Lunatic asylums Central Provinces reports 1886-1894 - 1886-1894
Year: 1886
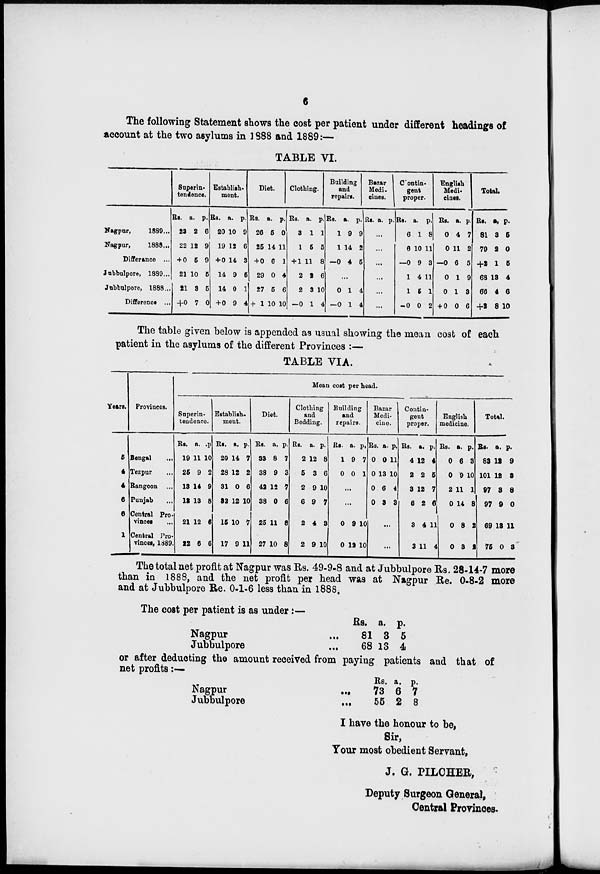
6
The following Statement shows the cost per patient under different headings of
account at the two asylums in 1888 and 1889:—
TABLE VI.
Nagpur,
1889 ...
Nagpur,
1888 ...
Differance ...
Jubbulpore, 1889 ...
Jubbulpore, 1888 ...
Difference ...
Superin-
tendence.
Rs.
23
22
+ 0
21
21
+0
a.
2
12
5
10
3
7
p.
6
9
9
5
5
0
Establish¬
ment.
Rs.
20
19
+ 0
14
14
+ 0
a.
10
12
14
9
0
9
p.
9
6
8
5
1
4
Diet.
Rs.
26
25
+ 0
29
27
+ 1
a.
5
14
6
0
5
10
p.
0
11
1
4
6
10
Clothing.
Rs.
3
1
+ 1
2
2
—0
a.
1
5
11
2
3
1
p.
1
5
8
6
10
4
Building
and
repairs.
Rs.
1
1
—0
a.
9
14
4
p.
9
2
5
...
0
—0
1
1
4
4
Bazar
Medi¬
cines.
Rs. a. p.
...
...
...
...
...
...
Contin-
gent
proper.
Rs.
6
6
— 0
1
1
-0
a.
1
10
9
4
5
0
p.
8
11
3
11
1
2
English
Medi¬
cines.
Rs.
0
0
— 0
0
0
+ 0
a.
4
11
6
1
1
0
p.
7
2
5
9
3
6
Total.
Rs.
81
79
+2
68
66
+2
a.
3
2
1
13
4
8
p.
5
0
5
4
6
10
The table given below is appended as usual showing the mean cost of each
patient in the asylums of the different Provinces :—
TABLE VIA.
Years.
5
4
4
6
6
1
Provinces.
Bengal ...
Tezpur ...
Rangoon ...
Punjab ...
Central Pro-
vinces ...
Central Pro¬
vinces, 1889.
Mean cost per head.
Superin-
tendence.
Rs.
19
25
13
12
21
22
a.
11
9
14
13
12
6
p.
10
2
9
8
6
6
Establish-
ment.
Rs.
20
28
31
32
15
17
a.
14
12
0
12
10
9
p.
7
2
6
10
7
11
Diet.
Rs.
33
38
42
38
25
27
a.
8
9
12
0
11
10
p.
7
3
7
6
8
8
Clothing
and
Bedding.
Rs.
2
5
2
6
2
2
a.
12
3
9
9
4
9
p.
8
6
10
7
3
10
Building
and
repairs.
Rs.
1
0
a.
9
0
p.
7
1
...
...
0
0
9
12
10
10
Bazar
Medi-
cine.
Rs.
0
0
0
0
a.
0
13
6
3
p.
11
10
4
3
...
...
Contin-
gent
proper.
Rs.
4
2
3
6
3
3
a.
12
2
12
2
4
11
p.
4
5
7
6
11
4
English
medicine.
Rs.
0
0
2
0
0
0
a.
6
9
11
14
8
3
p.
3
10
1
8
2
2
Total.
Rs.
83
101
97
97
69
75
a.
12
12
3
9
13
0
p.
9
3
8
0
11
3
The total net profit at Nagpur was Rs. 49-9-8 and at Jubbulpore Rs. 28-14-7 more
than in 1888, and the net profit per head was at Nagpur Re. 0-8-2 more
and at Jubbulpore Re. 0-1-6 less than in 1888.
The cost per patient is as under:—
Nagpur
...
Jubbulpore ...
Rs.
81
68
a.
3
13
p.
5
4
or after deducting the amount received from paying patients and that of
net profits:—
Nagpur
...
Jubbulpore
...
Rs.
73
55
a.
6
2
p.
7
8
I have the honour to be,
Sir,
Your most obedient Servant,
J. G. PILCHER,
Deputy Surgeon General,
Central Provinces.